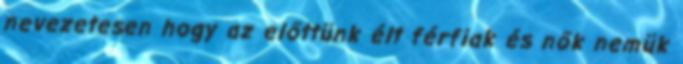
nevezetesen hogy az előttünk élt férfiak és nők nemük